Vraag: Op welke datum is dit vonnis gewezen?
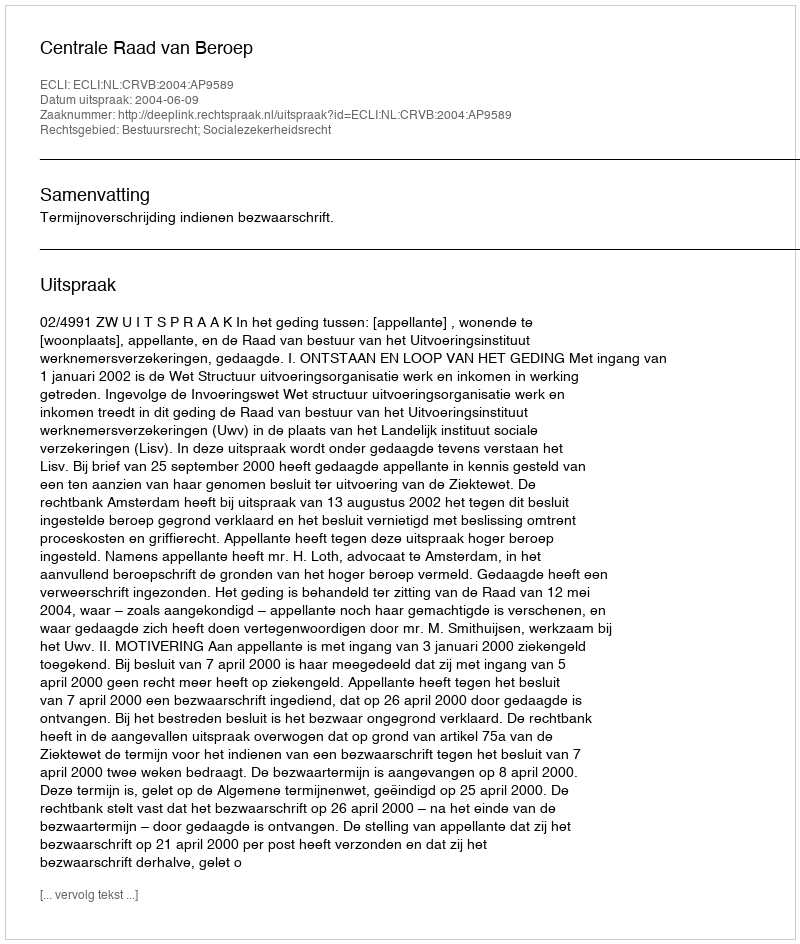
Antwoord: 2004-06-09